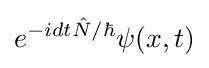
e^{-idt{\hat {N}}/\hbar }\psi (x,t)